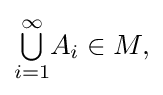
{\textstyle {\textstyle \bigcup \limits _{i=1}^{\infty }}A_{i}\in M,}